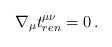
LaTeX: \begin{align*}\nabla_\mu t^{\mu\nu}_{ren}=0\,.\end{align*}